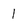
Character: I